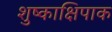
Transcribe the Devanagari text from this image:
शुष्काक्षिपाक